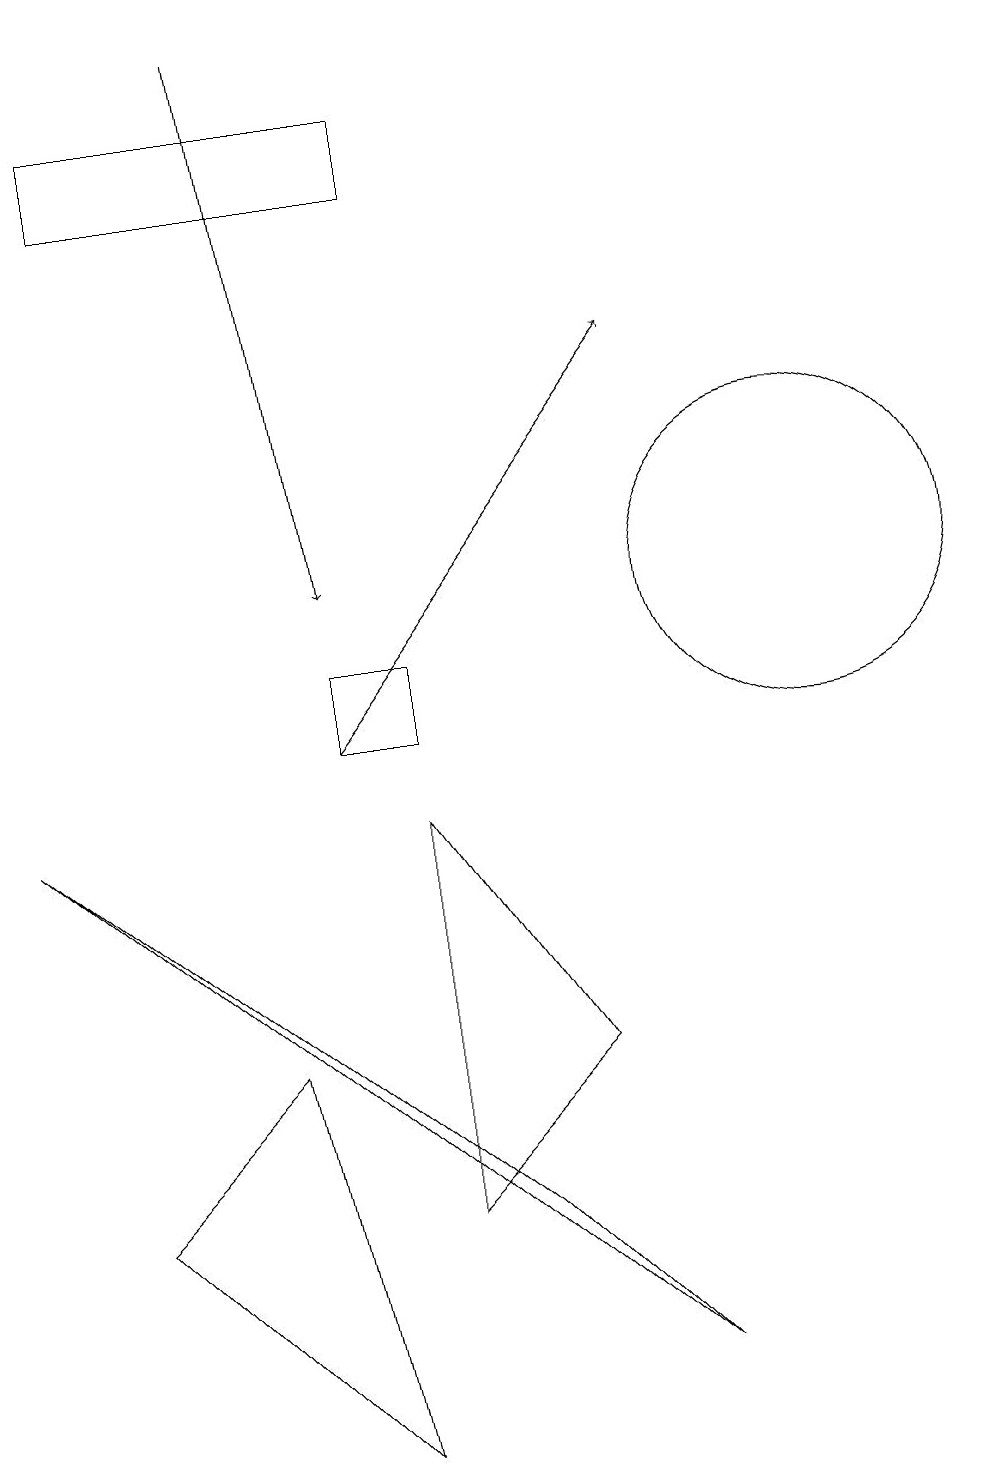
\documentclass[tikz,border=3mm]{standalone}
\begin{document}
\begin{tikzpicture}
\draw (6,9) -- (8,6) -- (6,4) -- cycle;
\draw[->] (5,10) -- (9,15);
\draw (2,17) rectangle (6,18);
\draw (6,11) rectangle (5,10);
\draw (11,12) circle (2);
\draw (7,4) -- (1,9) -- (9,2) -- cycle;
\draw[->] (4,19) -- (5,12);
\draw (2,4) -- (5,1) -- (4,6) -- cycle;
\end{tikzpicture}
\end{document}